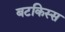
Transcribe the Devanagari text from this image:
बटकिस्स